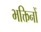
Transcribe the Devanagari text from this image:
भक्तिनों